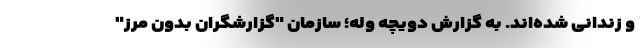
و زندانی شده‌اند. به گزارش دویچه وله؛ سازمان "گزارشگران بدون مرز"